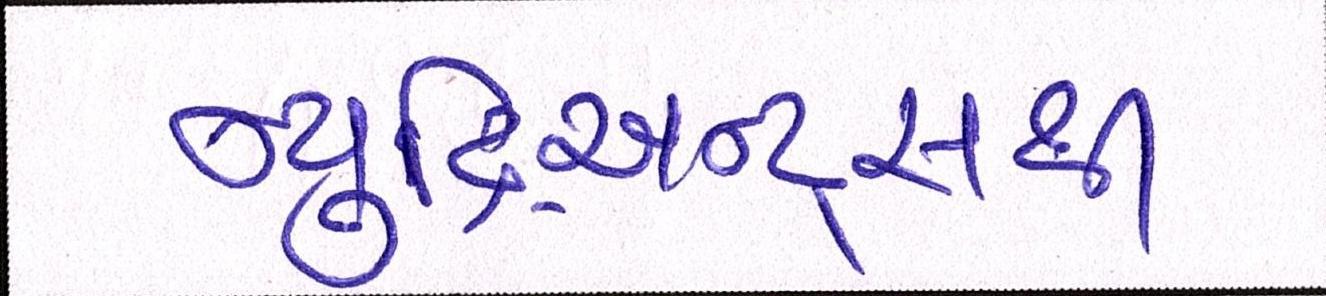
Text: ન્યૂટ્રિઅન્ટ્સથી